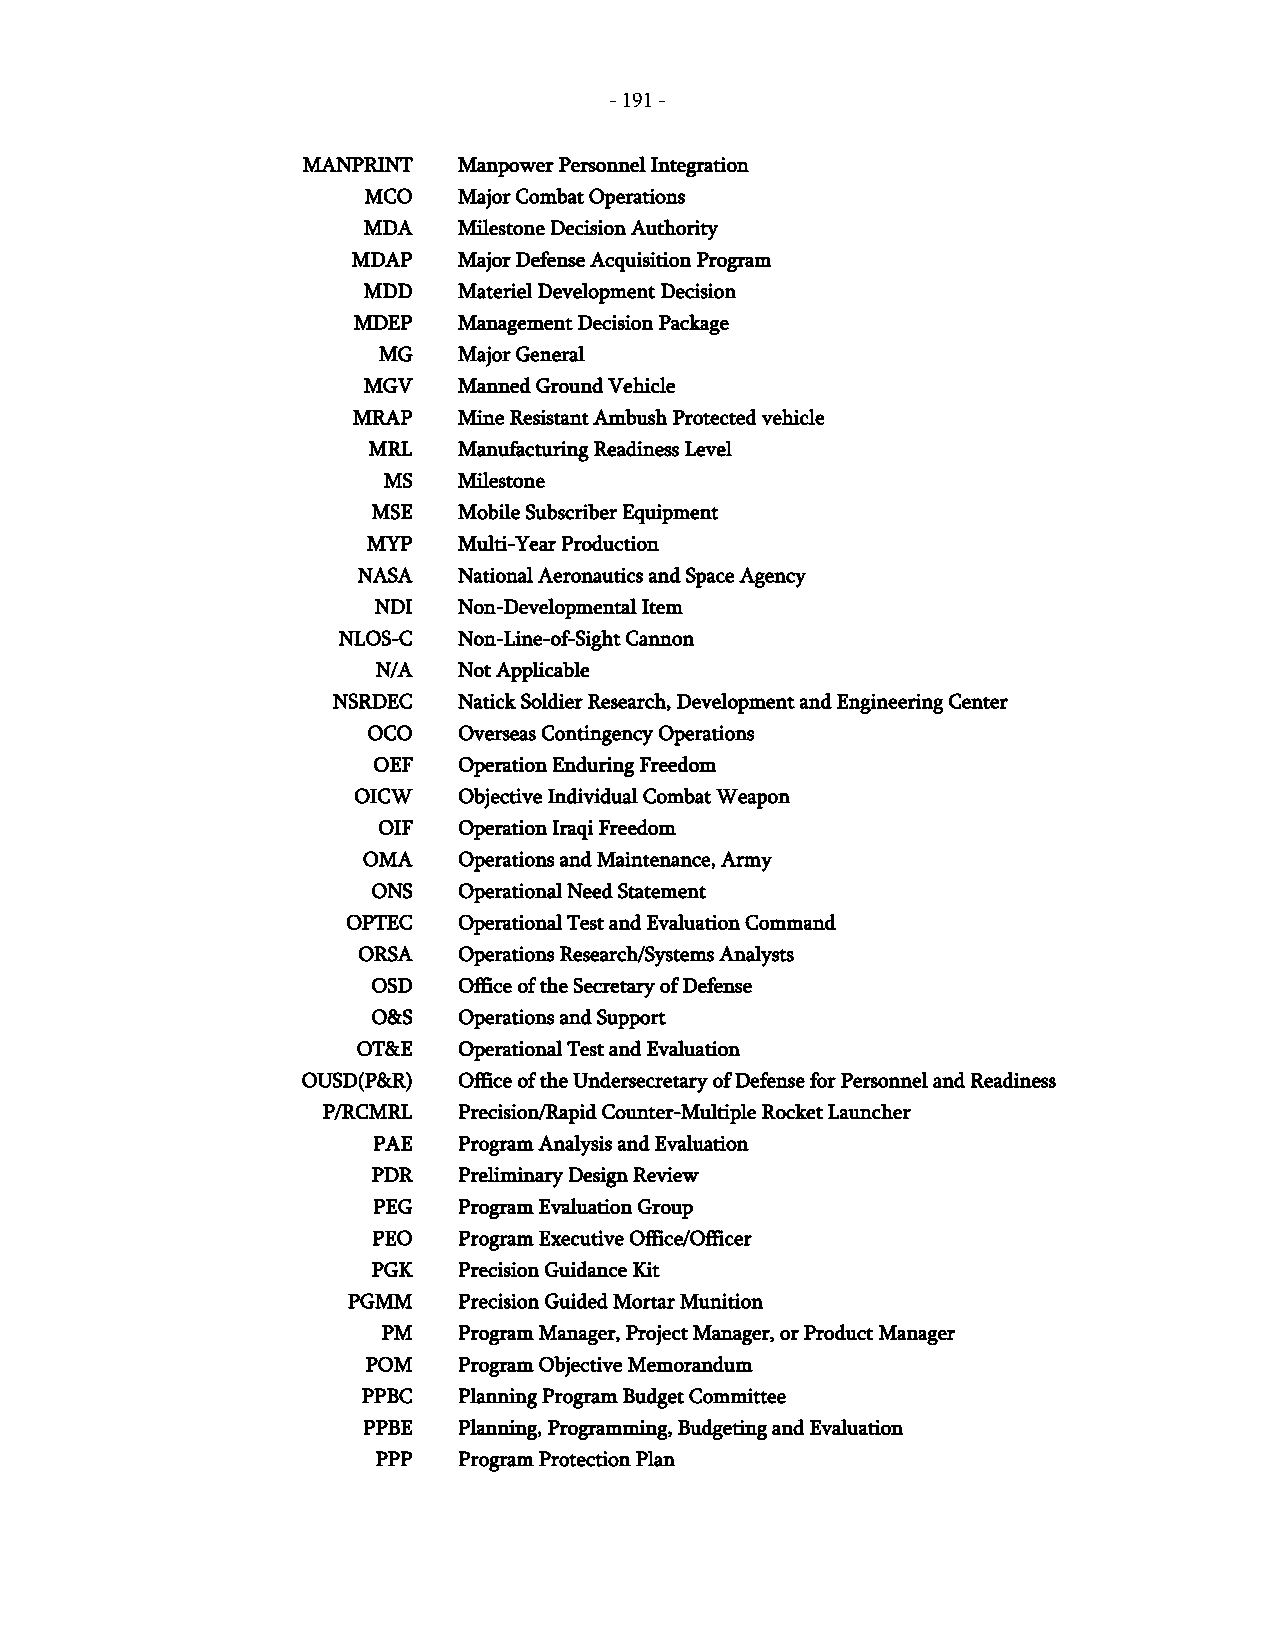
- 191 -
 MANPRINT  Manpower Personnel Integration
 MCO   Major Combat Operations
 MDA   Milestone Decision Authority
 MDAP   Major Defense Acquisition Program
 MDD   Materiel Development Decision
 MDEP   Management Decision Package
 MG   Major General
 MGV   Manned Ground Vehicle
 MRAP   Mine Resistant Ambush Protected vehicle
 MRL   Manufacturing Readiness Level
 MS   Milestone
 MSE  Mobile Subscriber Equipment
 MYP   Multi-Year Production
 NASA  National Aeronautics and Space Agency
 NDI  Non-Developmental Item
 NLOS-C  Non-Line-of-Sight Cannon
 N/A  Not Applicable
 NSRDEC  Natick Soldier Research, Development and Engineering Center
 OCO   Overseas Contingency Operations
 OEF  Operation Enduring Freedom
 OICW   Objective Individual Combat Weapon
 OIF  Operation Iraqi Freedom
 OMA   Operations and Maintenance, Army
 ONS  Operational Need Statement
 OPTEC  Operational Test and Evaluation Command
 ORSA  Operations Research/Systems Analysts
 OSD  Office of the Secretary of Defense
 O&S  Operations and Support
 OT&E  Operational Test and Evaluation
 OUSD(P&R) Office of the Undersecretary of Defense for Personnel and Readiness
 P/RCMRL  Precision/Rapid Counter-Multiple Rocket Launcher
 PAE  Program Analysis and Evaluation
 PDR  Preliminary Design Review
 PEG  Program Evaluation Group
 PEO  Program Executive Office/Officer
 PGK  Precision Guidance Kit
 PGMM   Precision Guided Mortar Munition
 PM   Program Manager, Project Manager, or Product Manager
 POM   Program Objective Memorandum
 PPBC  Planning Program Budget Committee
 PPBE  Planning, Programming, Budgeting and Evaluation
 PPP  Program Protection Plan
 -
 191
 -